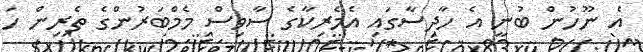
އެ ނޫހުން ބުނީ އެ ހާދިސާގައި އެމެރިކާގެ ސާވިސް މެމްބަރުންގެ ތެރިން ހަ